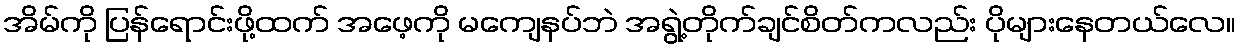
အိမ်ကို ပြန်ရောင်းဖို့ထက် အဖေ့ကို မကျေနပ်ဘဲ အရွဲ့တိုက်ချင်စိတ်ကလည်း ပိုများနေတယ်လေ။